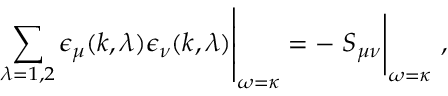
\left. \sum _ { \lambda = 1 , 2 } \epsilon _ { \mu } ( k , \lambda ) \epsilon _ { \nu } ( k , \lambda ) \right| _ { \omega = \kappa } = - \left. \vphantom { \sum _ { a } 1 } S _ { \mu \nu } \right| _ { \omega = \kappa } \, ,